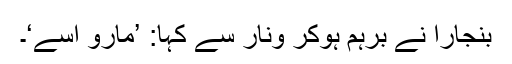
بنجارا نے برہم ہوکر ونار سے کہا: ’مارو اسے‘۔